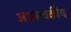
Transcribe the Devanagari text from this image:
अधस्त्वकीय